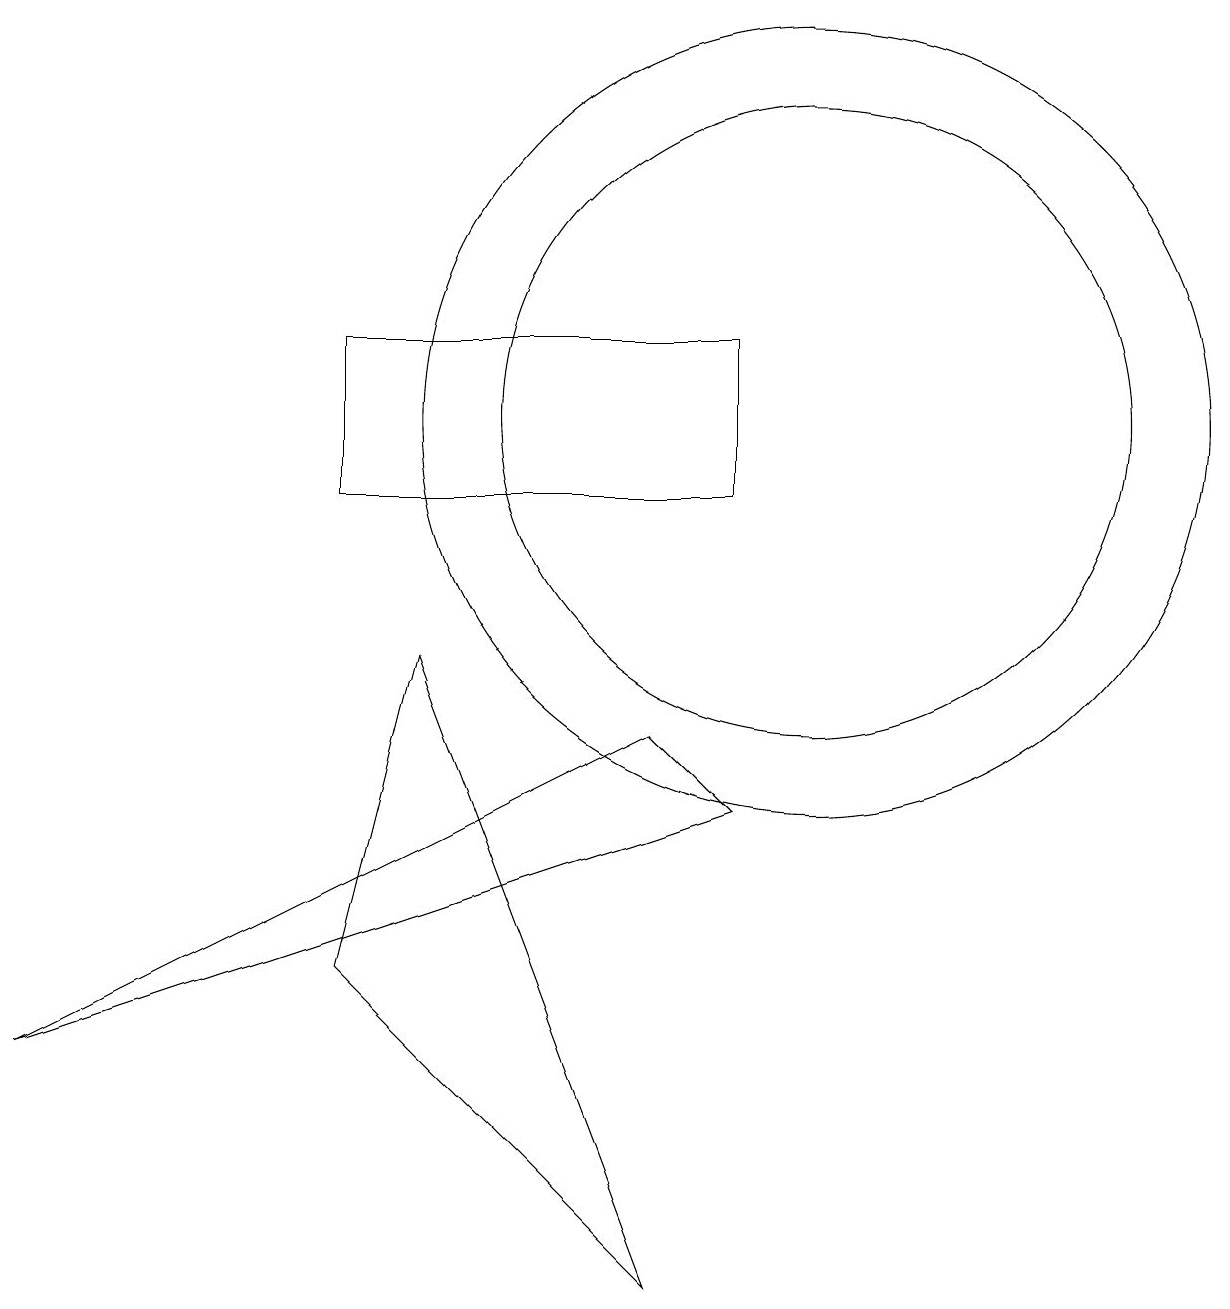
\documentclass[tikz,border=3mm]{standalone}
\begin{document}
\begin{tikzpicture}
\draw (10,11) circle (5);
\draw (8,7) -- (0,3) -- (9,6) -- cycle;
\draw (4,4) -- (5,8) -- (8,0) -- cycle;
\draw (4,10) rectangle (9,12);
\draw (10,11) circle (4);
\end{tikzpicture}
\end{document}